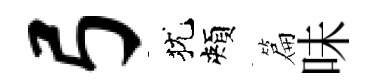
弓犹頰篇味